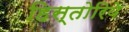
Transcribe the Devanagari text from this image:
हिस्तोरिये